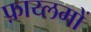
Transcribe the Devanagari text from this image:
फ़ाय्लमों